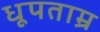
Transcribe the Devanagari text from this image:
धूपताम्र